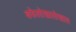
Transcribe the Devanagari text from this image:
बफेलोखालोखाल